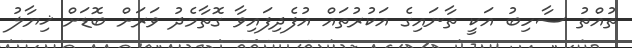
ތުއްތު ސާހިބު އަކީ ތާނައިގެ އަކުރުތައް އުފެދިފައިވާ ގޮތާމެދު ވަރަށް ބޮޑަށް ޚިޔާލު